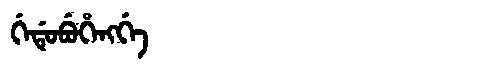
Manchu: ᡤᡝᡩᡠᠪᡠᡥᡝᠩᡤᡝ
Romanization: GEDUBUHENGGE